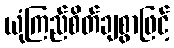
ယုံကြည်စိတ်ချစွာဖြင့်